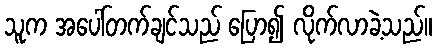
သူက အပေါ်တက်ချင်သည် ပြော၍ လိုက်လာခဲ့သည်။